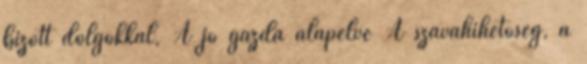
bízott dolgokkal, A jó gazda alapelve A szavahihetőség, a